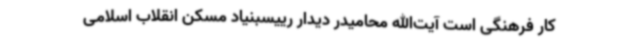
کار فرهنگی است آیت‌الله محامیدر دیدار رییسبنیاد مسکن انقلاب اسلامی